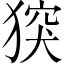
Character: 𤟪